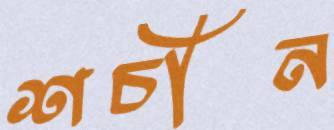
শচীন